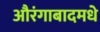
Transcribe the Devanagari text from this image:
औरंगाबादमधे